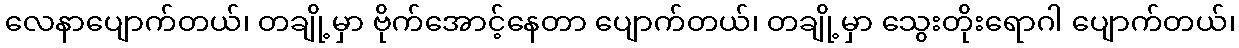
လေနာပျောက်တယ်၊ တချို့မှာ ဗိုက်အောင့်နေတာ ပျောက်တယ်၊ တချို့မှာ သွေးတိုးရောဂါ ပျောက်တယ်၊